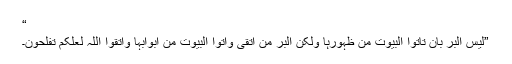
“
”ليس البر بان تاتوا البيوت من ظہورہا ولکن البر من اتقى واتوا البيوت من ابوابہا واتقوا اللہ لعلکم تفلحون۔